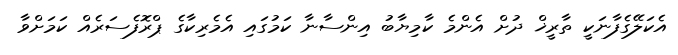
އެކަލޭގެފާނަކީ ތާރީޚް ދުށް އެންމެ ކާމިޔާބު އިންސާނާ ކަމުގައި އެމެރިކާގެ ޕްރޮފެސަރެއް ކަމަށްވާ